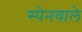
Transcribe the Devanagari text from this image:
स्पेनवाले